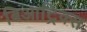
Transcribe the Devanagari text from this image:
बिआट्रिक्स